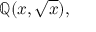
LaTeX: \mathbb { Q } ( x , { \sqrt { x } } ) ,